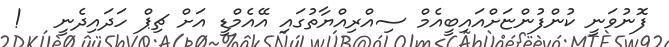
ފޮނުވަނީ ކުންފުންޏަށްއައިބީއެމް ސިއްރިއްޔާތުގައި އޭއެމްޑީ އަށް ޗިޕް ހަދައިދެނީ   !